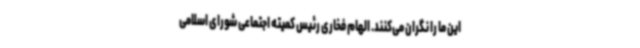
این ما را نگران می‌کنند. الهام فخاری رئیس کمیته اجتماعی شورای اسلامی